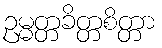
ဥမ္မတ္တခိတ္တစိတ္တာ